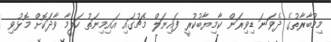
މިމުބާރާތުގެ ދެވަނަ ޑިވިޜަން ކާމިޔާބުކުރީ ފައިނަލް މެޗުގައި އައިމިނަތު ހަލީމާ ވާދަކޮށް މޮޅުވި